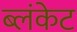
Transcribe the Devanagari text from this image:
ब्लंकेट